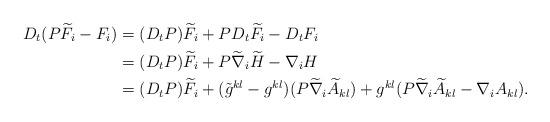
LaTeX: \begin{align*}D_t (P\widetilde F_i-F_i)&=(D_tP)\widetilde F_i +PD_t\widetilde F_i -D_t F_i\\&=(D_tP)\widetilde F_i +P \widetilde \nabla_i \widetilde H-\nabla_i H\\&=(D_t P)\widetilde F_i+(\tilde g^{kl}-g^{kl})(P\widetilde\nabla_i \widetilde A_{kl})+g^{kl}(P\widetilde\nabla_i \widetilde A_{kl}-\nabla_i A_{kl}).\end{align*}